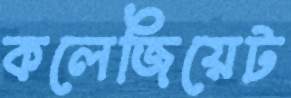
কলেজিয়েট